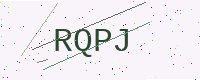
Text: RQPJ